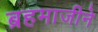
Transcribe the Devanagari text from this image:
ब्रहमाजीने